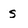
Character: s